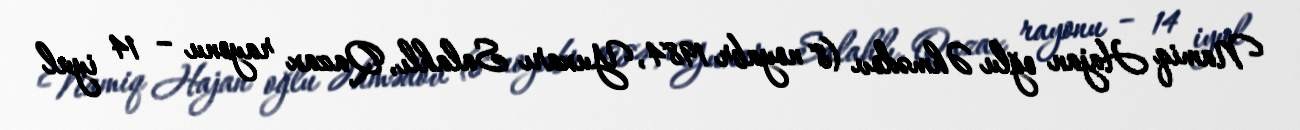
Namiq Hajan oğlu Əhmədov (8 noyabr 1984, Yuxarı Salahlı, Qazax rayonu – 14 iyul